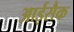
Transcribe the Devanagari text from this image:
आईसैक